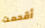
أقحمت